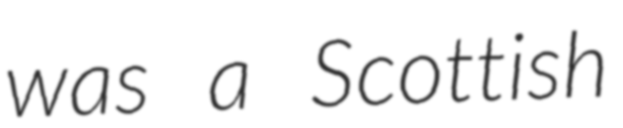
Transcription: was a Scottish